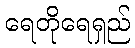
ရေတိုရေရှည်